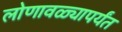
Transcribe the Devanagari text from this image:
लोणावळ्यापर्यंत